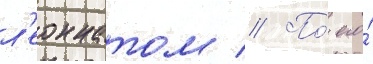
л'еоннатом // По́ его́